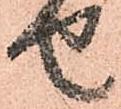
せ